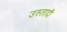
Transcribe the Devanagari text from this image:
उस्तादी